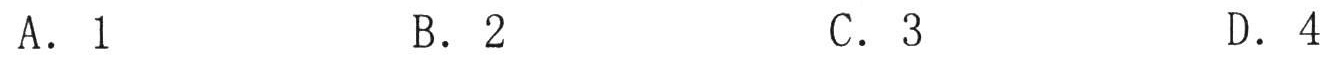
A. 1
B. 2
C. 3
D. 4